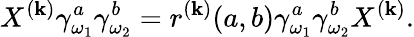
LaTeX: X^{(\mathbf{k})}\gamma_{\omega_{1}}^{a}\gamma_{\omega_{2}}^{b}=r^{(\mathbf{k})}(a,b)\gamma_{\omega_{1}}^{a}\gamma_{\omega_{2}}^{b}X^{(\mathbf{k})}.